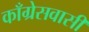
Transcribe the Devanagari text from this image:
काँग्रेसवासी